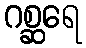
ဂစ္ဆရေ